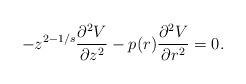
LaTeX: \begin{align*}-z^{2-1/s}\frac{\partial^{2}V}{\partial z^{2}}-p(r)\frac{\partial^{2}V}{\partial r^{2}}=0. \end{align*}